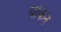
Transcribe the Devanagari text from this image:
यकिन